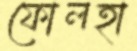
ফোলহা